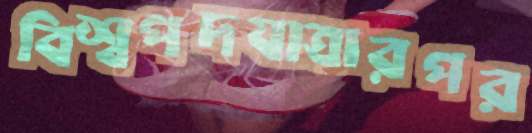
বিশ্বপদযাত্রারপর